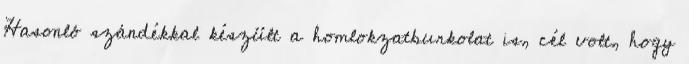
Hasonló szándékkal készült a homlokzatburkolat is, cél volt, hogy